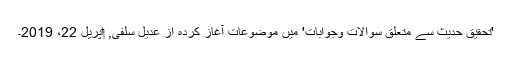
'تحقیق حدیث سے متعلق سوالات وجوابات' میں موضوعات آغاز کردہ از عدیل سلفی, ‏اپریل 22، 2019۔